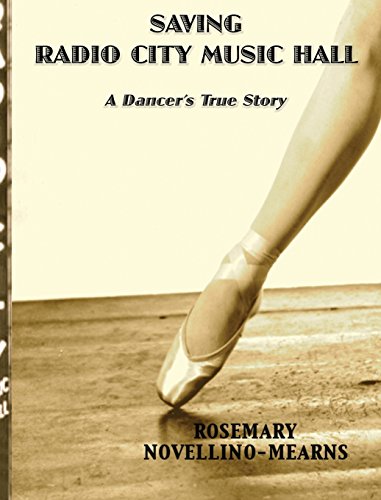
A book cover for Saving Radio City Music Hall: A Dancer's True Story; Rosemary Novellino-Mearns; Arts & Photography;